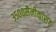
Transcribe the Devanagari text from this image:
३५००सैनीकासह